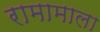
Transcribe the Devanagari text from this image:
रामामाला